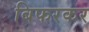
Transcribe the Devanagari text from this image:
बिफरकर